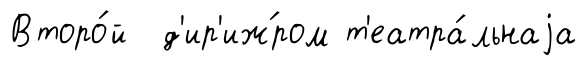
Второ́й д'ир'иж́ром т'еатра́льнаjа